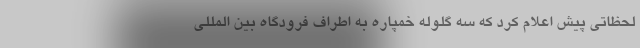
لحظاتی پیش اعلام کرد که سه گلوله خمپاره به اطراف فرودگاه بین المللی